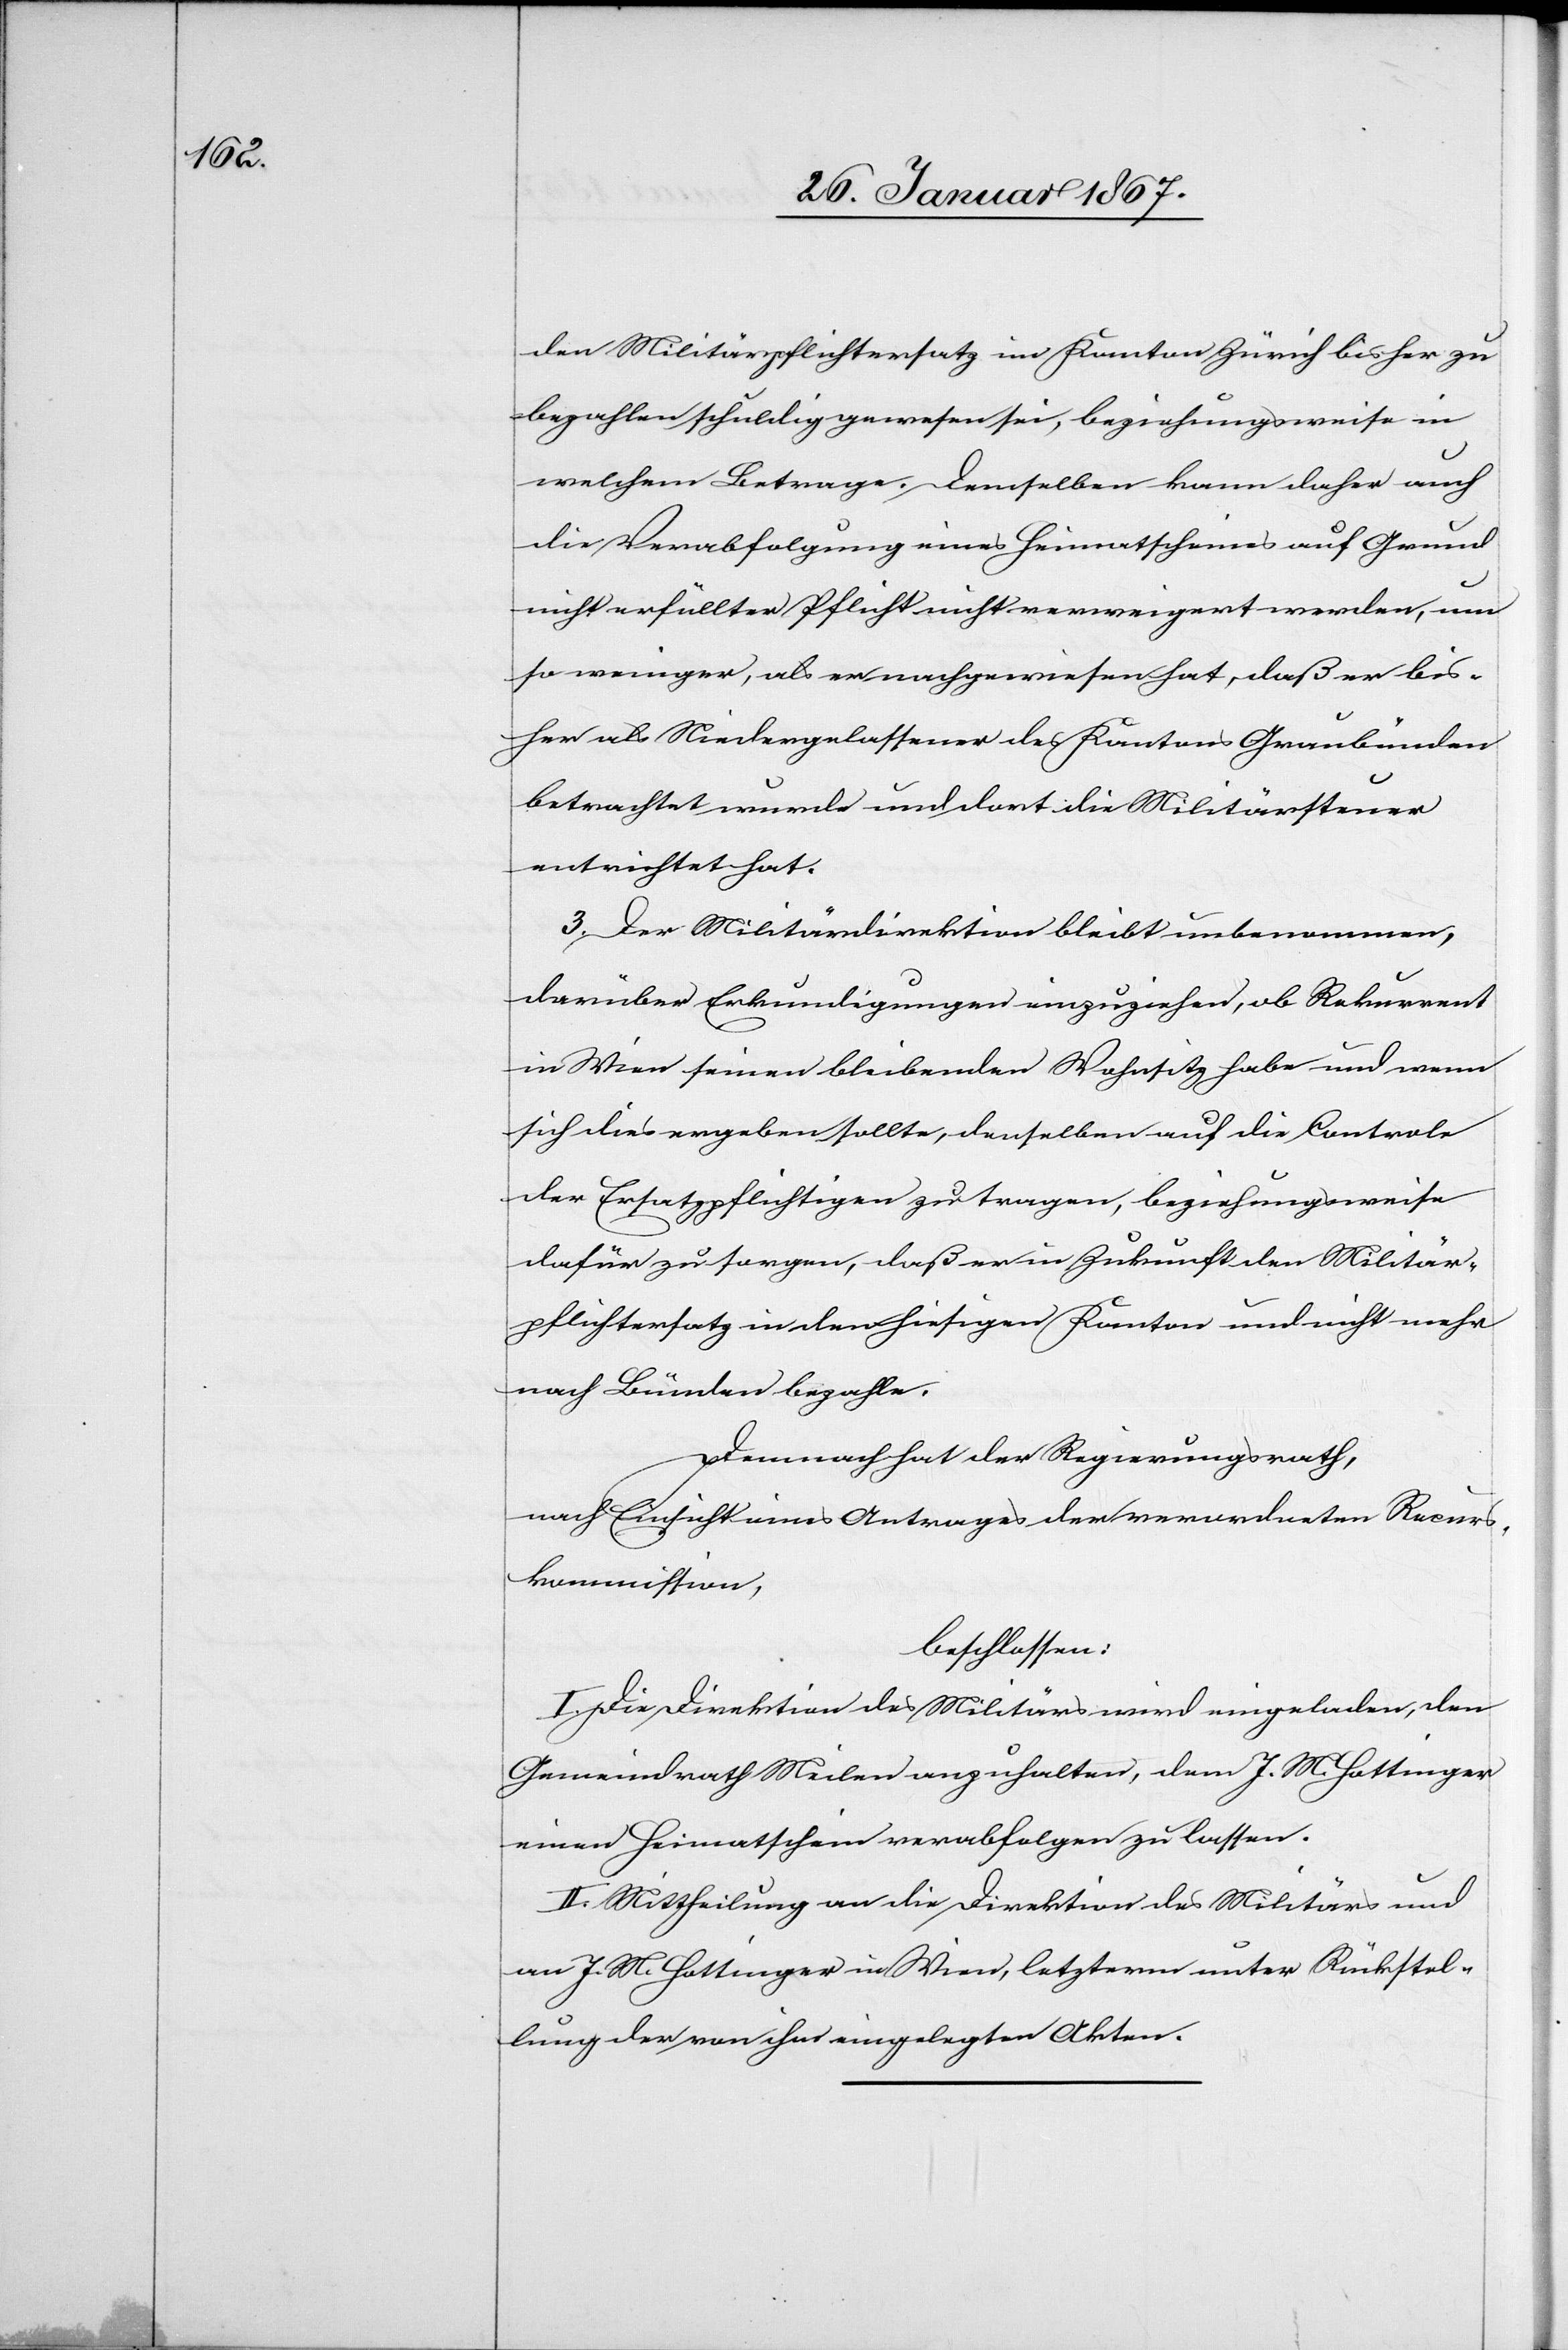
den Militärpflichtersatz im Kanton Zürich bisher zu
bezahlen schuldig gewesen sei, beziehungsweise in
welchem Betrage. Demselben kann daher auch
die Verabfolgung eines Heimatscheines auf Grund
nicht erfüllter Pflicht nicht verweigert werden, um
so weniger, als er nachgewiesen hat, daß er bis¬
her als Niedergelassener des Kantons Graubünden
betrachtet wurde und dort die Militärsteuer
entrichtet hat.
3. Der Militärdirektion bleibt unbenommen,
darüber Erkundigungen einzuziehen, ob Rekurrent
in Wien seinen bleibenden Wohnsitz habe und wenn
sich dies ergebe sollte, denselben auf die Controle
der Ersatzpflichtigen zu tragen, beziehungsweise
dafür zu sorgen, daß er in Zukunft den Militär¬
pflichtersatz in den hiesigen Kanton und nicht mehr
nach Bünden bezahle.
Demnach hat der Regierungsrath,
nach Einsicht eines Antrages der verwendeten Recurs¬
kommission,
beschlossen:
I. Die Direktion des Militärs wird eingeladen, den
Gemeindrath Meilen anzuhalten, dem J. M. Hottinger
einen Heimatschein verabfolgen zu lassen.
II. Mittheilung an die Direktion des Militärs und
an J. M. Hottinger in Wien, letzterm unter Rückstel¬
lung der vom ihm eingelegten Akten.